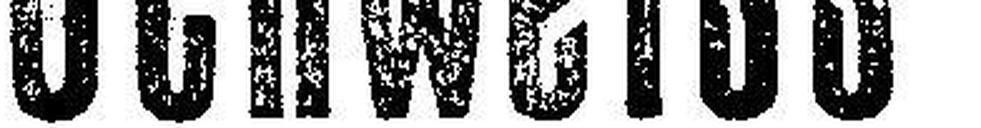
Schweiss-